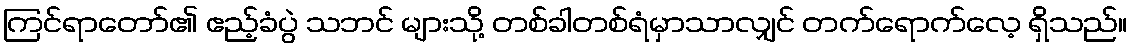
ကြင်ရာတော်၏ ဧည့်ခံပွဲ သဘင် များသို့ တစ်ခါတစ်ရံမှာသာလျှင် တက်ရောက်လေ့ ရှိသည်။